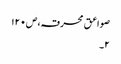
صواعق محرقہ،ص۱۲۰
۲۔